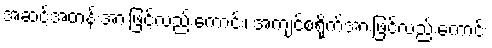
အဆင့်အတန်းအားဖြင့်လည်းကောင်း၊ အကျင့်စရိုက်အားဖြင့်လည်းကောင်း